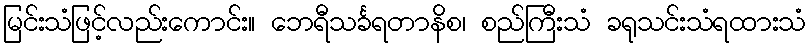
မြင်းသံဖြင့်လည်းကောင်း။ ဘေရီသင်္ခရတာနိစ၊ စည်ကြီးသံ ခရုသင်းသံရထားသံ